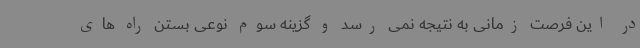
در این فرصت زمانی به نتیجه نمی رسد و گزینه سوم نوعی بستن راه های